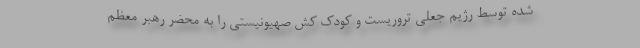
شده توسط رژیم جعلی تروریست و کودک کش صهیونیستی را به محضر رهبر معظم